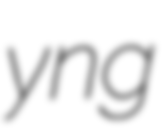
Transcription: yng